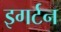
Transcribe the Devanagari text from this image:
इगर्टन